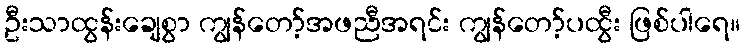
ဦးသာထွန်းချေစွာ ကျွန်တော့်အဖညီအရင်း ကျွန်တော့်ပထွီး ဖြစ်ပါရေ။